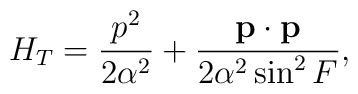
H_T=\frac{p^2}{2\alpha ^2}+\frac{{\bf p\cdot p}}{2\alpha ^2\sin ^2F},